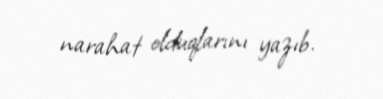
narahat olduqlarını yazıb.